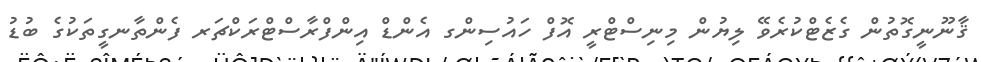
ޤާނޫނީގޮތުން ގެޒެޓްކުރެވޭ ލިޔުން މިނިސްޓްރީ އޮފް ހައުސިންގ އެންޑް އިންފްރާސްޓްރަކްޗަރ ފެންތާނގީތަކުގެ ބުޑު